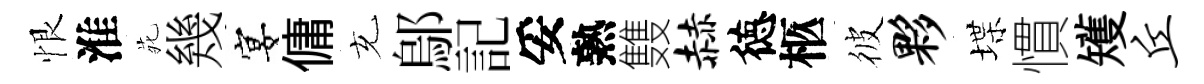
恨淮𫟍幾宴傭充鄔記妥熟䨇赫徳柩彼夥堞慣矱丘